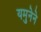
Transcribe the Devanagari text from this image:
यमुनेने